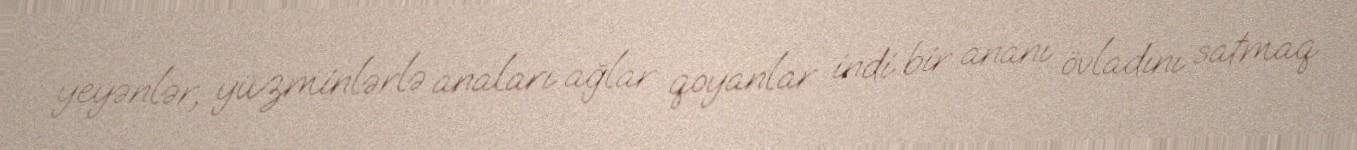
yeyənlər, yüzminlərlə anaları ağlar qoyanlar indi bir ananı övladını satmaq